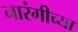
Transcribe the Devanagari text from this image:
नारंगीच्या